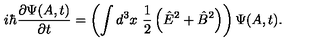
i \hbar { \frac { \partial \Psi ( A , t ) } { \partial t } } = \left( \int d ^ { 3 } x \ { \frac { 1 } { 2 } } \left( { \hat { E } } ^ { 2 } + { \hat { B } } ^ { 2 } \right) \right) \Psi ( A , t ) .